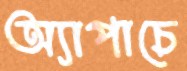
অ্যাপাচে